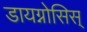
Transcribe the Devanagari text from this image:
डायग्नोसिस्